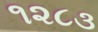
૧૨૮૩